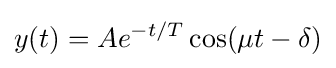
y(t)=Ae^{-t/T}\cos(\mu t-\delta )